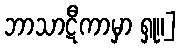
ဘာသာဋီကာမှာ ရှု။]